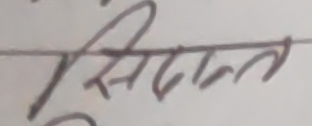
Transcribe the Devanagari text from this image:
सिद्दान्त